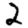
Digit: 2